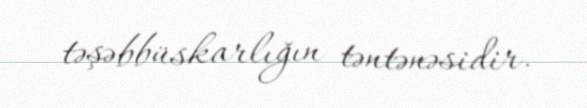
təşəbbüskarlığın təntənəsidir.